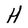
Character: H